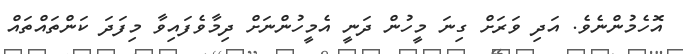
އޮހެމުންނެވެ. އަދި ވަރަށް ގިނަ މީހުން ދަނީ އެމީހުންނަށް ދިމާވެފައިވާ މިފަދަ ކަންތައްތައް